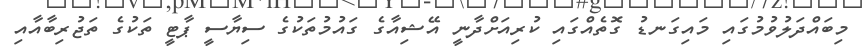
މިބައްދަލުވުމުގައި މައިގަނޑު ގޮތެއްގައި ކުރިއަށްދާނީ އޭޝިއާގެ ގައުމުތަކުގެ ސިޔާސީ ޕާޓީ ތަކުގެ ތަޖުރިބާއާއި